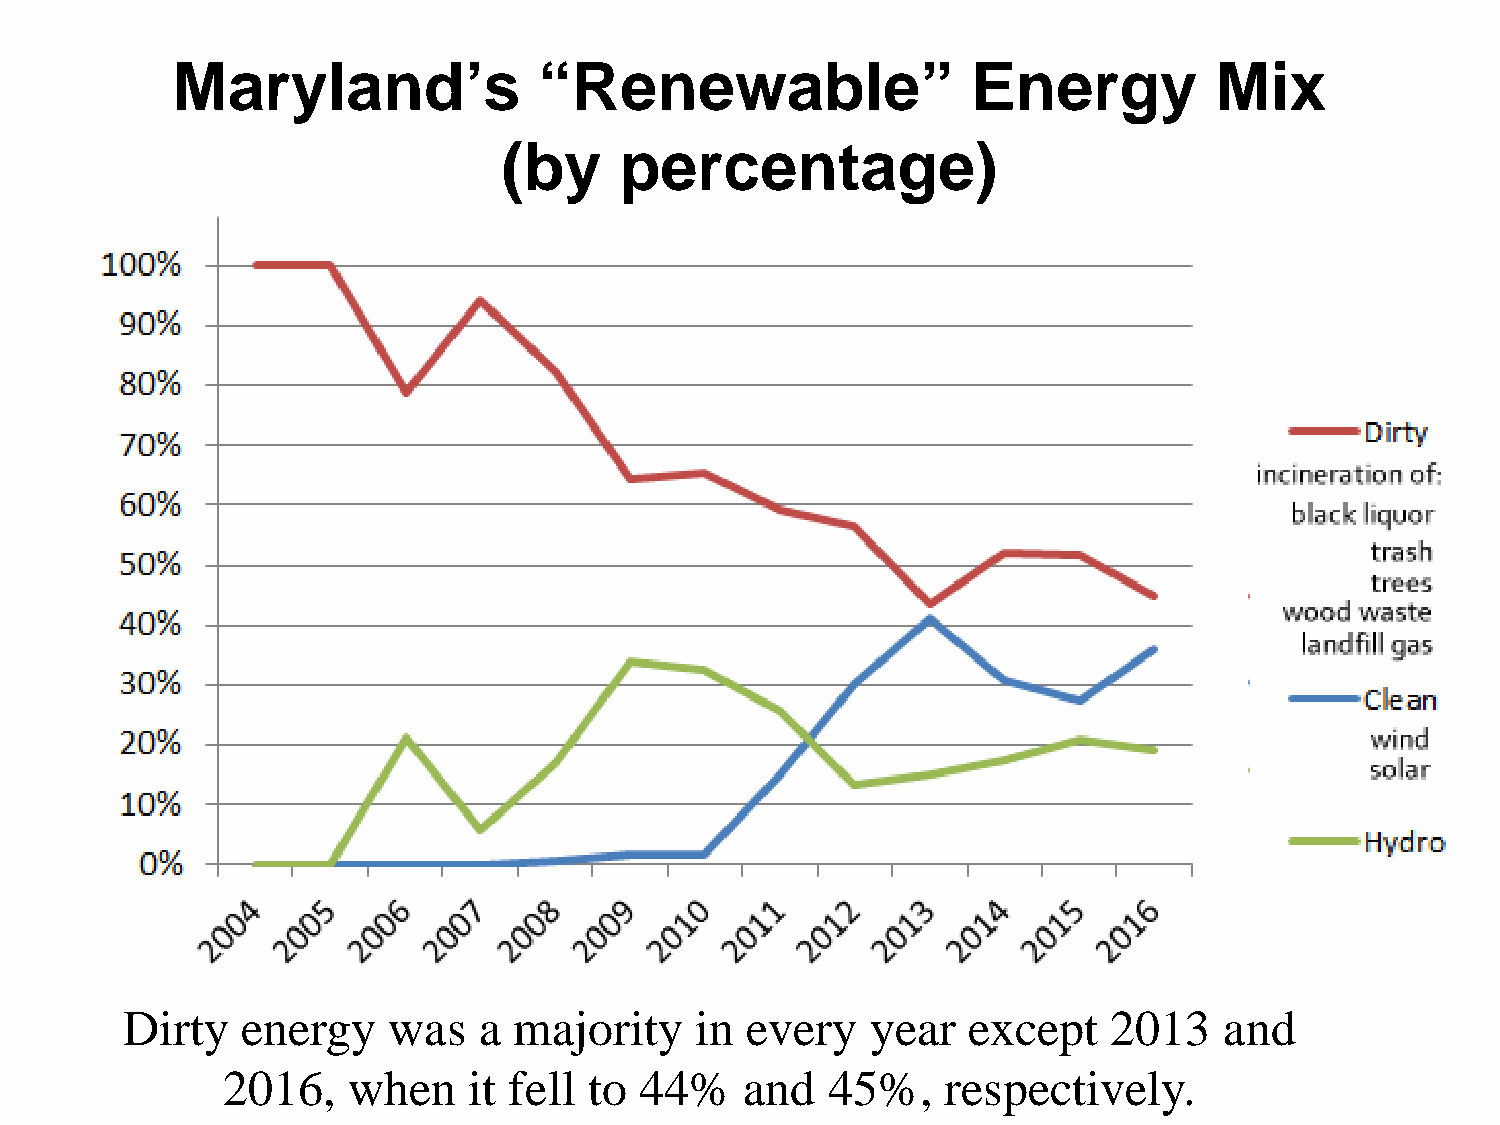
Maryland’s               “Renewable”                 Energy          Mix
 (by     percentage)
 Dirty   energy    was   a majority    in every    year  except    2013   and
 2016,   when    it fell to 44%    and   45%,    respectively.